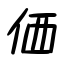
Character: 価